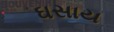
ઘસાય